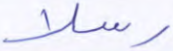
رسلا